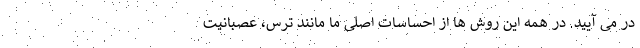
در می آیید. در همه این روش ها از احساسات اصلی ما مانند ترس، عصبانیت